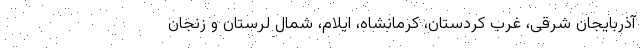
آذربایجان شرقی، غرب کردستان، کرمانشاه، ایلام، شمال لرستان و زنجان